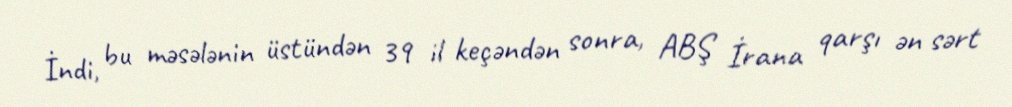
İndi, bu məsələnin üstündən 39 il keçəndən sonra, ABŞ İrana qarşı ən sərt